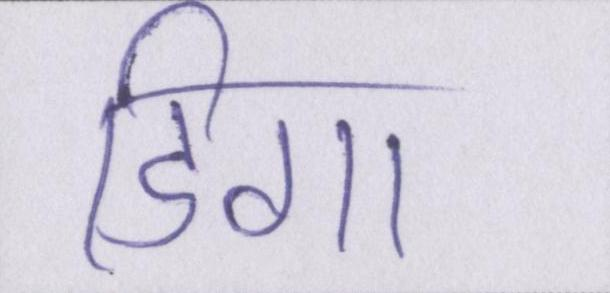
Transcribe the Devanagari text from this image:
डिगा